Indian journal of veterinary science and animal husbandry - Volumes 15-17, 1948-1951
Year: 1948
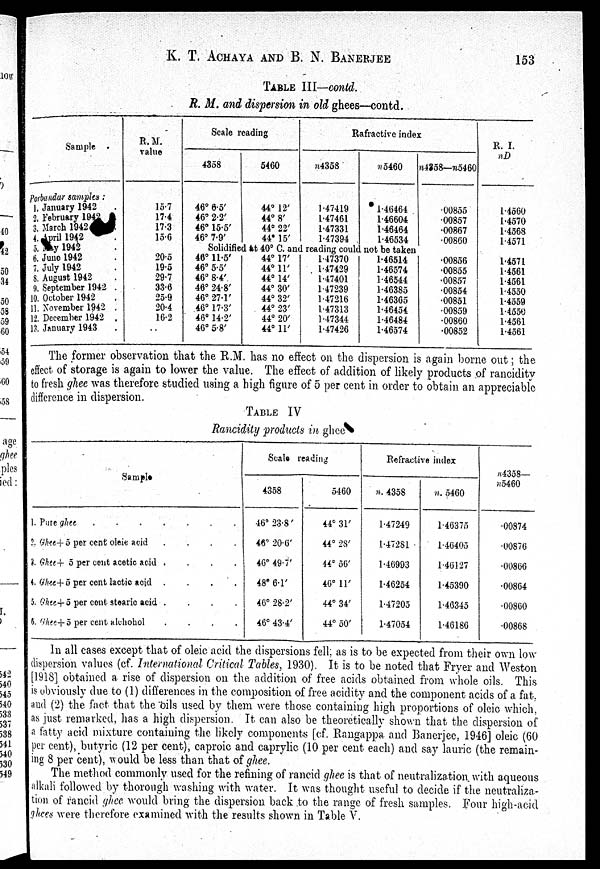
K. T. ACHAYA 0AND B. N.
BANERJEE
153
TABLE III—contd.
R. M. and dispersion in old ghees—contd.
Sample
Porbandar samples :
1, January 1942
2, February 1942 .
3. March 1942
4. 'pril 1942
5. y 1942
6. June 1942
7. July 1942
8. August 1942
9. September 1942 .
10. October 1942
11, November 1942 .
12. December 1942 .
13. January 1943
R. M.
value
15.7
17.4
17.3
15.6
20.5
19.5
29.7
33.6
25.9
20.4
16.2
. .
Scale readig
4358
46° 6.5'
46° 2.2'
46° 15.5'
46° 7.9'
5460
44° 12'
44° 8'
44° 22'
44º 15'
Rafractive index
n4358
1.47419
1.47461
1.47331
1.47394
n5460
1.46464
1.46604
1.46464
1.46534
n4358—n5460
.00855
.00857
.00867
. 00860
Solidified at 40° C. and reading could not be taken
48° 11.5'
46° 5.5'
46° 8.4'
46° 24.8'
46° 27.1'
46° 17.3'
46° 14.2'
46° 5.8'
44° 17'
44° 11'
44° 14'
44° 30'
44° 32'
44° 23'
44° 20'
44° 11'
1.47370
1.47429
1.47401
1.47239
1.47216
1.47313
1.47344
1.47426
1.46514
1.46574
1.46544
1.46385
1.46365
1.46454
1.46484
1.46574
. 00856
. 00855
. 00857
. 00854
. 00851
. 00859
. 00860
. 00852
R. I.
n D
1. 4560
1. 4570
1. 4568
1. 4571
1. 4571
1. 4561
1. 4561
1. 4550
1. 4559
1. 4550
1. 4561
1. 4561
The former observation that the R.M. has no effect on the dispersion is again borne out; the.
effect of storage is again to lower the value. The effect of addition of likely products of rancidity
to fresh ghee was therefore studied using a high figure of 5 per cent in order to obtain an appreciable
difference in dispersion.
TABLE IV
Rancidily products in ghee
Sample
1. Pure ghee .
.
.
.
.
.
.
2. Ghee+5 per cent oleic acid
.
.
.
.
3. Ghee+ 5 per cent acetic acid
.
.
.
.
4. Ghee+5 per cent lactic acid
.
.
.
.
5. Ghee+ 5 per cent stearic acid .
.
.
.
6.Ghee+5 per cent alchohol
.
.
.
.
Scale reading
4358
46° 23.8'
46° 20.6'
46° 49.7'
48° 6.1'
46° 28.2'
46° 43.4'
5460
44° 31'
44° 28'
44° 56'
46° 11'
44° 34'
44° 50'
Refractive index
n. 4358
1.47249
1.47281
1.46993
1.46254
1.47205
1.47054
n. 5460
1. 46375
1. 46405
1. 46127
1. 45390
1. 46345
1. 46186
n4358—
n5460
. 00874
. 00876
. 00866
. 00864
. 00860
. 00868
In all cases except that of oleic acid the dispersions fell, as is to be expected from their own low
dispersion values (cf. International Critical Tables, 1930). It is to be noted that Fryer and Weston
[1918] obtained a rise of dispersion on the addition of free acids obtained from whole oils. This
is obviously due to (1) differences in the composition of free acidity and the component acids of a fat.
and (2) the fact that the oils used by them were those containing high proportions of oleic which.
as just remarked, has a high dispersion. It can also be theoretically shown that the dispersion of
a fatty acid mixture containing the likely components [cf. Rangappa and Banerjee, 1946] oleic (60
per cent), butyric (12 per cent), caproic and caprylic (10 per cent each) and say lauric (the remain-
ing 8 per cent), would be less than that of ghee.
The method commonly used for the refining of rancid ghee is that of neutralization with aqueous
alkali followed by thorough washing with water. It was thought useful to decide if the neutraliza-
tion of rancid ghee would bring the dispersion back to the range of fresh samples. Four high-acid
ghees were therefore examined with the results shown in Table V.